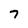
Character: 7